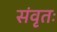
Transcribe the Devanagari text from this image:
संवृतः